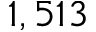
1 , 5 1 3